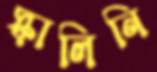
স্কালিনি